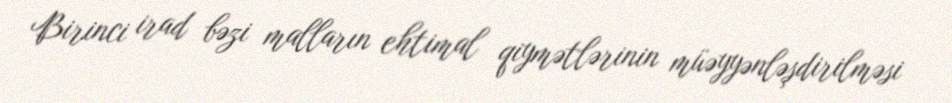
Birinci irad bəzi malların ehtimal qiymətlərinin müəyyənləşdirilməsi